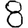
Digit: 8